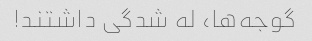
گوجه‌ها، له شدگی داشتند!